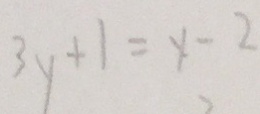
3 y + 1 = y - 2